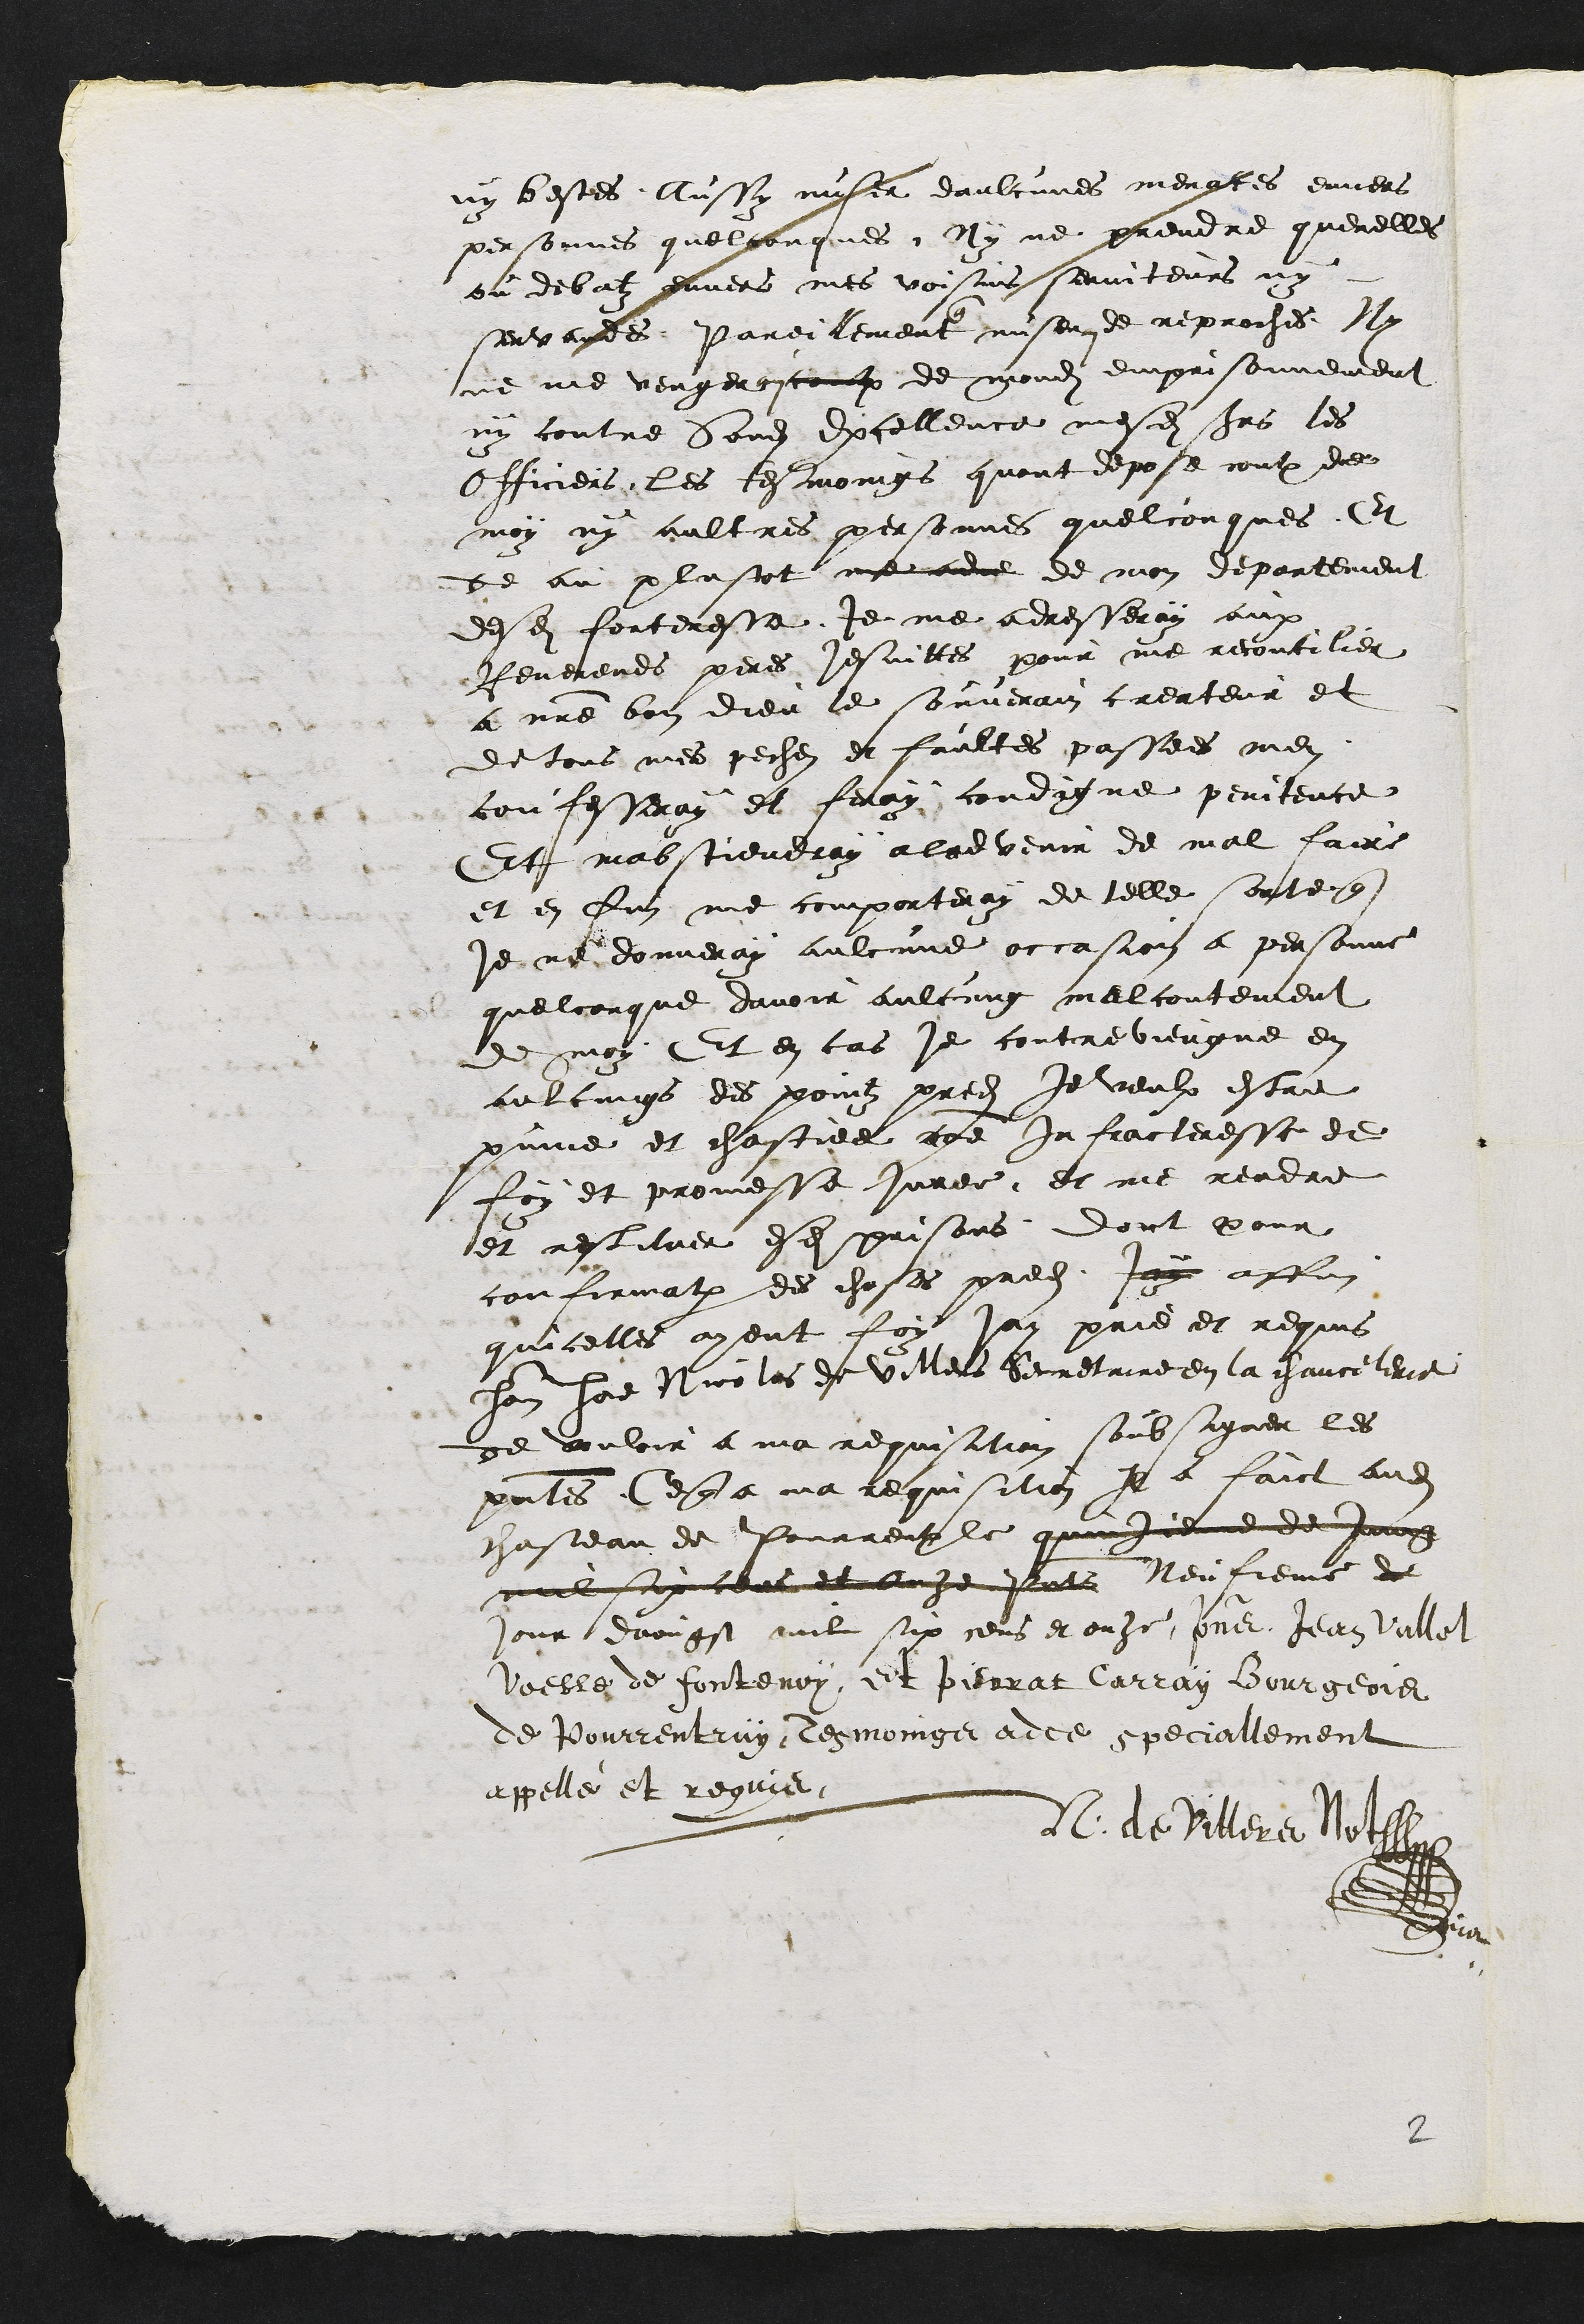
ny bestes Aussy nuser daulcunes menaces envers
personnes quelconques, Ny ne prendre querelles
ou debat envers mes voisins serviteurs ny
servande pareillement
que
nuseray de reproches Ny
ne me vengeray contre de mondit emprisonnement
ny contre sondit Excellence mesdits sieurs les
Officiers les tesmoings quont depose contre de
moy ny aultres personnes quelconques Et
de au plustot me aide de mon deportement
desdites forteresse Je me adresseray aux
Reverends peres Jesuittes pour me reconcilier
a notre bon dieu le souverain createur et
de tous mes peches et faultes passees men
confesseray et feray condigne penitence
Et mastiendray a ladvenir de mal faire
et en fin me comporteray de telle sorte que
je ne donneray aulcune occasion a personne
quelconque davoir aulcung malcontement
de moy Et en cas je contreviengne en
aulcungs des pointz predits Je veulx estre
punie et chastiee comme infracteresse de
foy et promesse juree, et me rendre
et restituer esdites prisons dont pour
confirmation des choses predites Jay affin
quicelles ayent foy jai prie et requis
honnete homme Nicolas de Villers Secretaire en la chancelerie
de vouloir a ma requisition soubsigner les
presentes Ce que a ma requisition il a faict audit
chasteau de Pourrentruy le quinzieme de juing
mil six cens et onze presents Neufieme de
jour daougst mil six cens et onze presents Jean Vallet
voeble de fontenoy, et pierrat Carray bourgeois
de Pourrentruy, tesmoings adce speciallement
appellé et requis
N. de Villers Not.
manu propria